Report on vaccination in Madras 1895-1903 - 1895-1903
Year: 1895
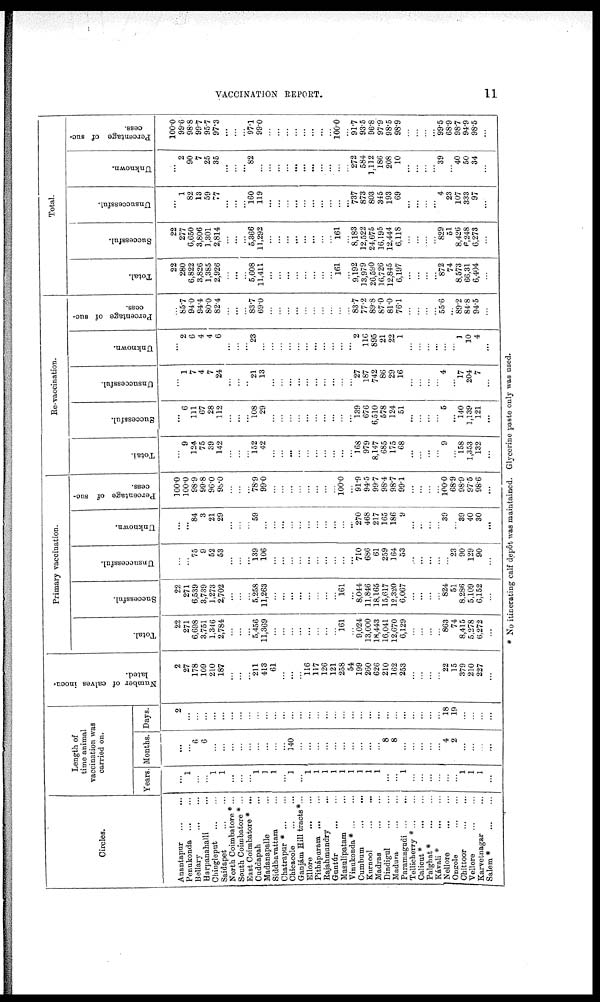
VACCINATION REPORT.
11
Circles.
Anantapur
...
...
Penukonda
...
...
Bellary
...
...
Harpanahalli ...
Chingleput
...
...
Saidapet
...
...
North Coimbatore *...
South Coimbatore * ...
East Coimbatore * ...
Cuddapah ...
Madanapalle ...
Siddhavattam ...
Chatrapur * ... ...
Chicacole
...
...
Ganjám Hill tracts*...
Ellore
...
...
Pithápuram
...
...
Rajahmundry ...
Guntúr ... ...
Masulipatam ...
Vinukonda* ... ...
Cumbum
...
...
Kurnool
...
...
Madras
...
...
Dindigul ... ...
Madura ... ...
Paramagudi ... ...
Tellicherry * ... ...
Calicut* ... ...
Palghat *
...
...
Kávali *
...
...
Nellore
...
...
Ongole
...
...
Chittoor ... ...
Vellore
...
...
Karvetnagar ...
Salem *
...
...
Length of
time animal
vaccination was
carried on.
Years.
...
1
...
...
1
1
...
...
...
1
1
1
...
1
...
1
1
1
1
1
1
1
1
1
...
...
1
...
...
...
...
...
...
1
1
1
...
Months.
...
...
6
6
...
...
...
...
...
...
...
...
...
140
...
...
...
...
...
...
...
...
...
...
8
8
...
...
...
...
...
4
2
...
...
...
...
Days.
2
...
...
...
...
...
...
...
...
...
...
...
...
...
...
...
...
...
...
...
...
...
...
...
...
...
...
...
...
...
...
18
19
...
...
...
...
Number of calves inocu-
lated.
2
27
178
109
210
187
...
...
...
211
413
61
...
...
...
116
117
126
121
258
54
199
260
626
210
162
253
...
...
...
...
22
15
379
210
227
...
Primary vaccination.
Total.
22
271
6,698
3,751
1,346
2,784
...
...
...
5,456
11,369
...
...
...
...
...
...
...
...
161
...
9,024
13,000
18,443
16,041
12,670
6,129
...
...
...
...
863
74
8,415
5,278
6,272
...
Successful.
22
271
6,539
3,739
1,273
2,702
...
...
...
5,258
11,263
...
...
...
...
...
...
...
...
161
...
8,044
11,846
18,165
15,617
12,320
6,067
...
...
...
...
824
51
8,286
5,109
6,152
...
Unsuccessful.
...
...
75
9
52
53
...
...
...
139
106
...
...
...
...
...
...
...
...
...
...
710
686
61
259
164
53
...
...
...
...
...
23
90
129
90
...
Unknown.
...
...
84
3
21
29
...
...
...
59
...
...
...
...
...
...
...
...
...
...
...
270
468
217
165
186
9
...
...
...
...
39
...
39
40
30
...
Percentage of suc-
cess.
100.0
100.0
98.9
99.8
96.0
98.0
...
...
...
78.9
99.0
...
...
...
...
...
...
...
...
100.0
...
91.9
94.5
99.7
98.4
98.7
99.1
...
...
...
...
100.0
68.9
98.9
97.5
98.6
...
Re-vaccination.
Total.
...
9
124
75
39
142
...
...
...
152
42
...
...
...
...
...
...
...
...
...
...
168 979
8,147
685
175
68
...
...
...
...
9
...
158
1,353
132
...
Successful.
...
6
111
67
28
112
...
...
...
108
29
...
...
...
...
...
...
...
...
...
...
139
676
6,510
578
124
51
...
...
...
...
5
...
140
1,139
121
...
Unsuccessful.
...
1
7
4
7
24
...
...
...
21
13
...
...
...
...
...
...
...
...
...
...
27
187
742
86
29
16
...
...
...
...
4
...
17
204
7
...
Unknown.
...
2
6
4
4
6
...
...
...
23
...
...
...
...
...
...
...
...
...
...
...
2
116
895
21
22
1
...
...
...
...
...
...
1
10
4
...
Percentage of suc-
cess.
...
85.7
94.0
94.4
80.0
82.4
...
...
...
83.7
69.0
...
...
...
...
...
...
...
...
...
...
83.7
77.2
89.8
87.0
81.0
76.1
...
...
...
...
55.6
...
89.2
84.8
94.5
...
Total.
Total.
22
280
6,822
3,826
1,385
2,926
...
...
...
5,608
11,411
...
...
...
...
...
...
...
...
161
...
9,192
13,979
26,590
16,726
12,845
6,197
...
...
...
...
872
74
8,573
66,31
6,404
...
Successful.
22
277
6,650
3,806
1,301
2,814
...
...
...
5,366
11,292
...
...
...
...
...
...
...
...
161
...
8,183
12,522
24,675
16,195
12,444
6,118
...
...
...
...
829
51
8,426
6,248
6,273
...
Unsuccessful.
...
1
82
13
59
77
...
...
...
160
119
...
...
...
...
...
...
...
...
...
...
737
873
803
345
193
69
...
...
...
...
4
23
107
333
97
...
Unknown.
...
2
90
7
25
35
...
...
...
82
...
...
...
...
...
...
...
...
...
...
...
272
584
1,112
186
208
10
...
...
...
...
39
...
40
50
34
...
Percentage of suc-
cess.
100.0
99.6
98.8
99.7
95.7
97.3
...
...
...
97.1
99.0
...
...
...
...
...
...
...
...
100.0
...
91.7
93.5
96.8
97.9
98.5
98.9
...
...
...
...
99.5
68.9
98.7
94.9
98.5
...
* No itinerating calf depôt was maintained. Glycerine paste only was used.